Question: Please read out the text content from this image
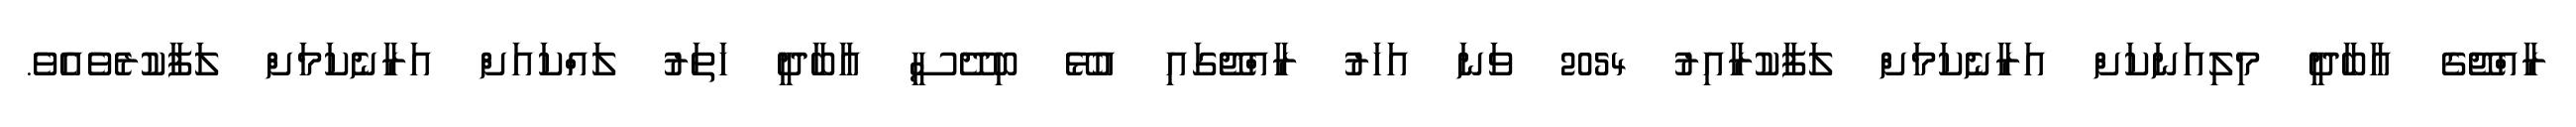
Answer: ރާއްޖޭގެ އާބާދީ މިލިއަނަކަށް އަރާނެކަމަށް ލަފާކުރާއިރު 2054 ވަނަ އަހަރު ރާއްޖޭގައި އުޅޭ ބިދޭސީ އާބާދީ ހަތަރު ލައްކައަށް އަރާނެކަމަށް ލަފާކުރެވެއެވެ.